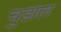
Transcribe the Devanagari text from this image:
चुडाल